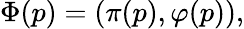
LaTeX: \Phi(p)=(\pi(p),\varphi(p)),